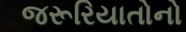
જરૂરિયાતોનો